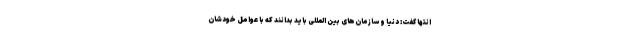
انتها گفت: دنیا و سازمان‌های بین المللی باید بدانند که با عوامل خودشان